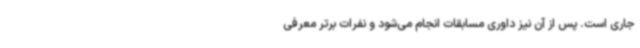
جاری است. پس از آن نیز داوری مسابقات انجام می‌شود و نفرات برتر معرفی